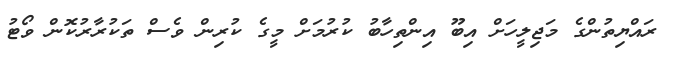
ރައްޔިތުންގެ މަޖިލީހަށް އިބޫ އިންތިހާބު ކުރުމަށް މީގެ ކުރިން ވެސް ތަކުރާރުކޮން ވޯޓު